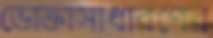
ভোক্তাসাধারণের